DOW-UAP-D49, Launch Summary, Vandenberg AFB, 2000
Agency: Department of War
Incident date: 2/3/00
Page 89
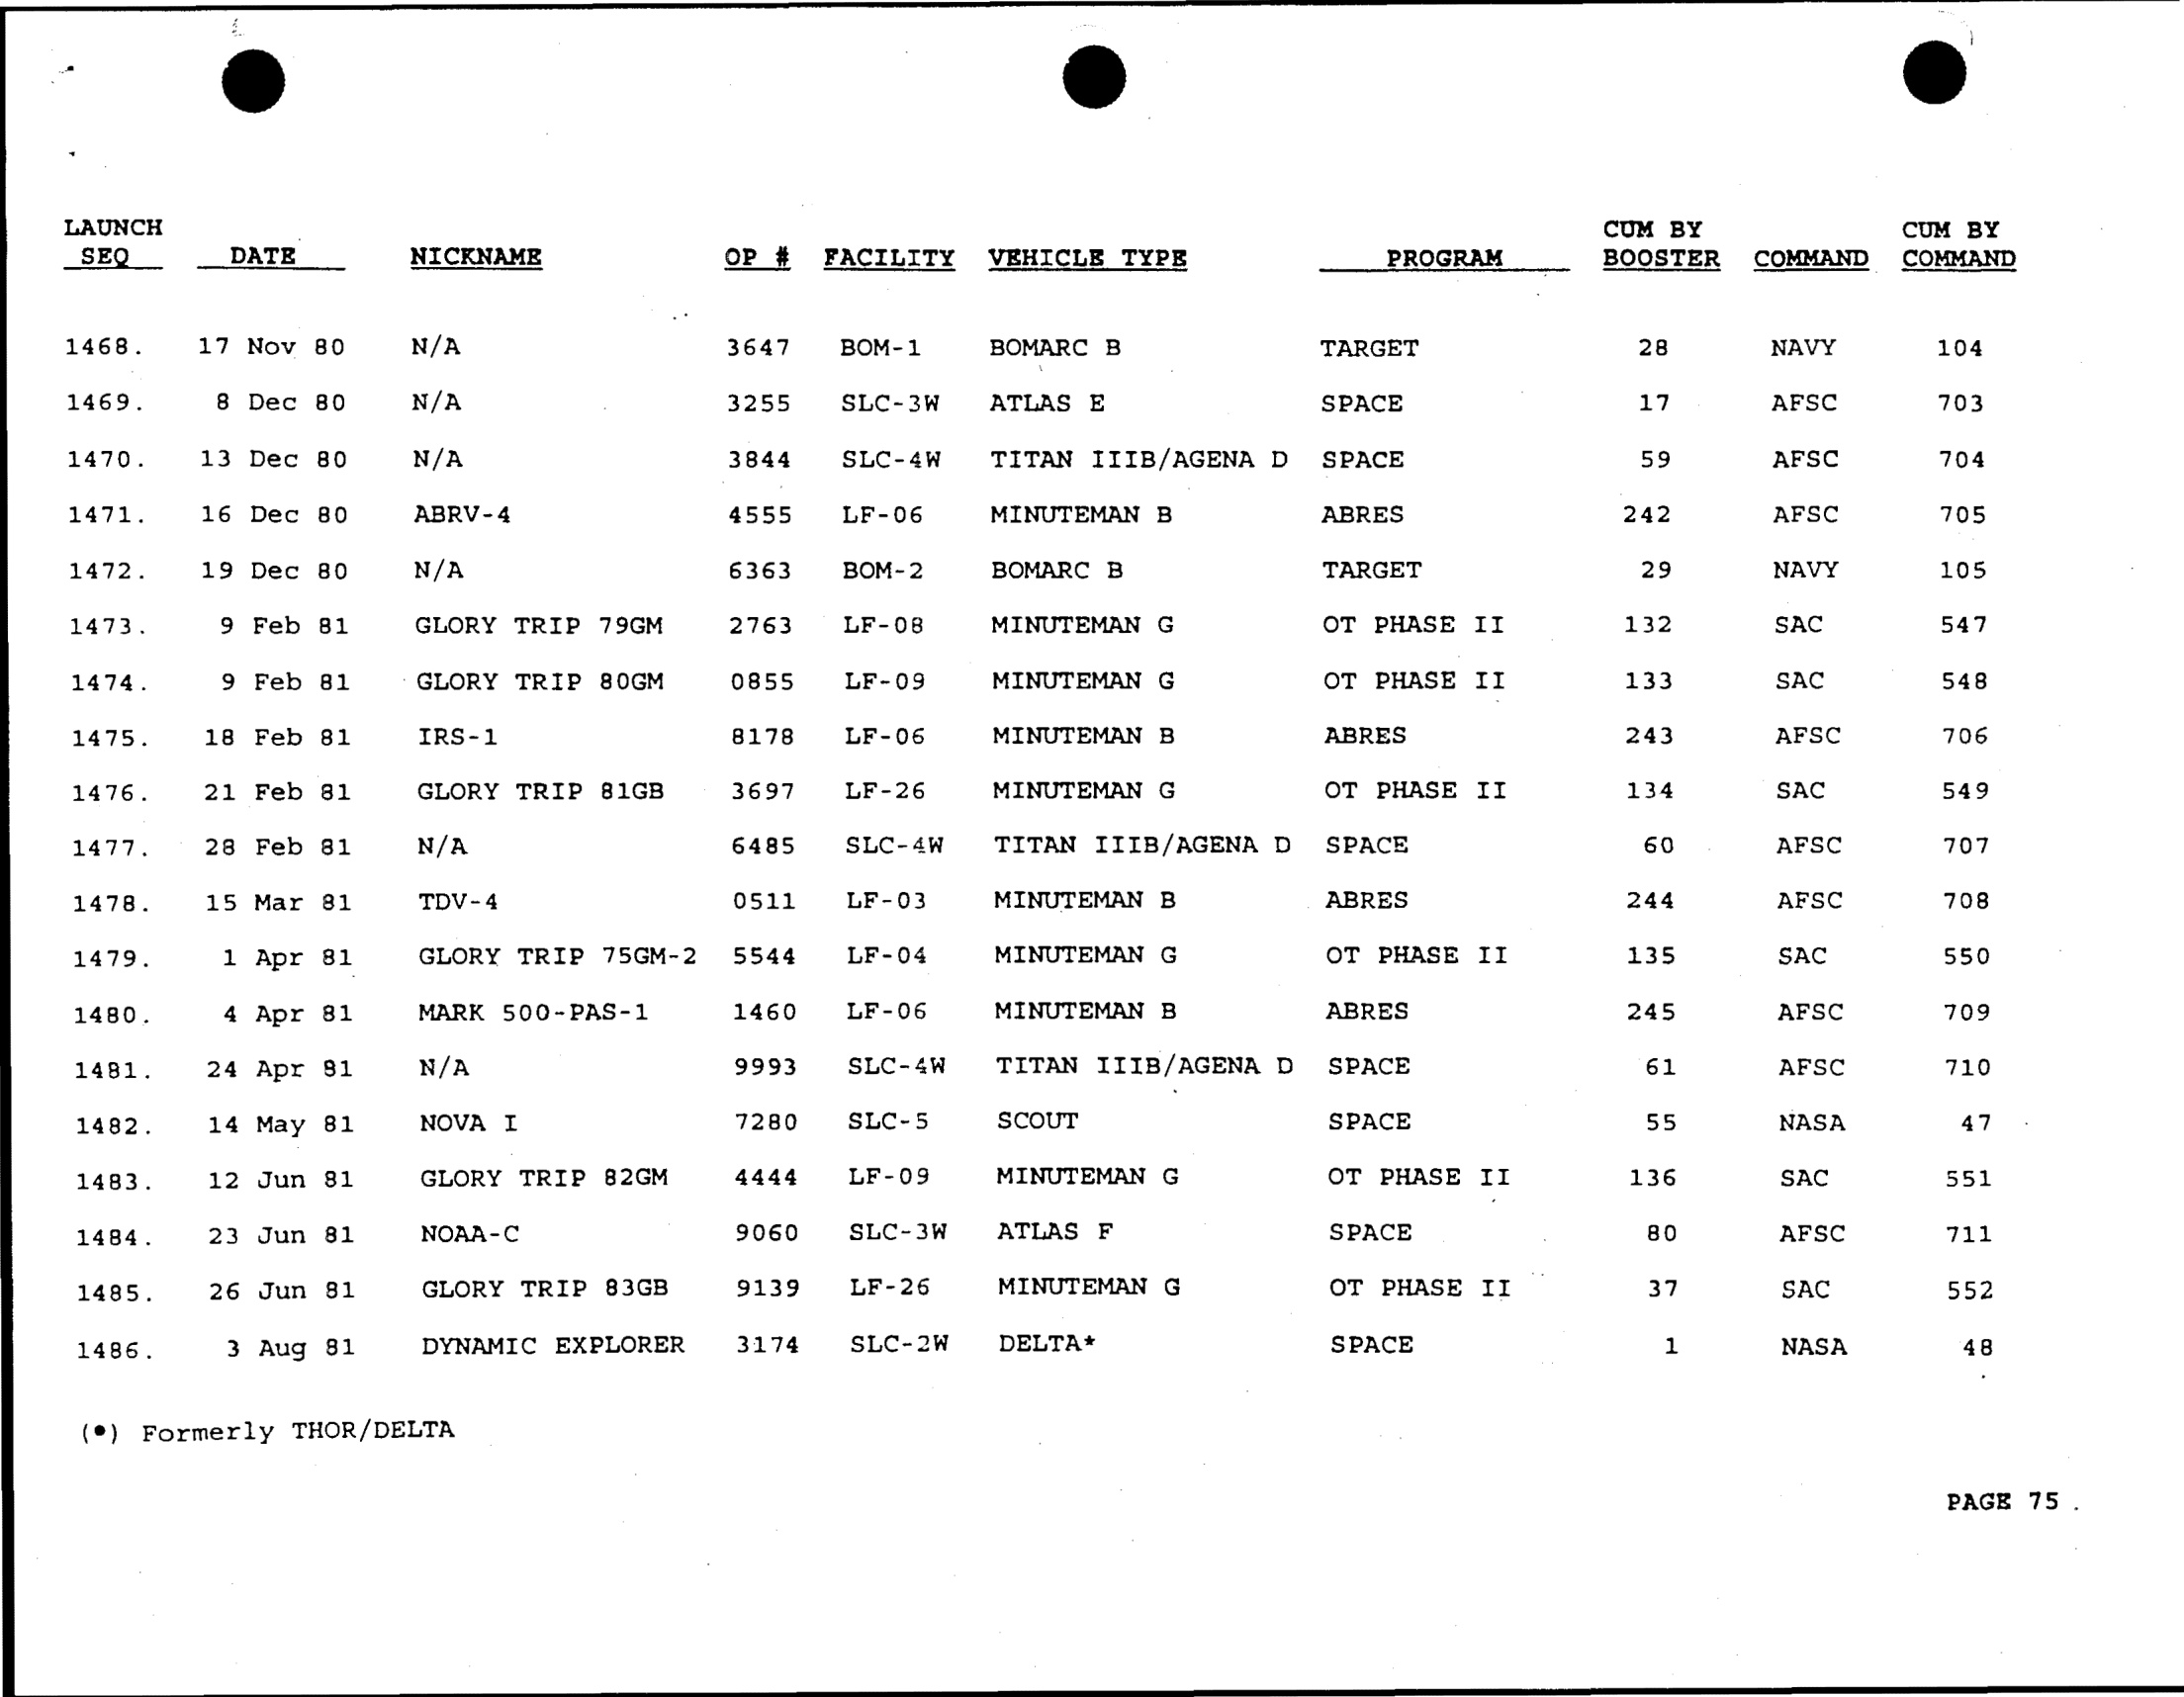